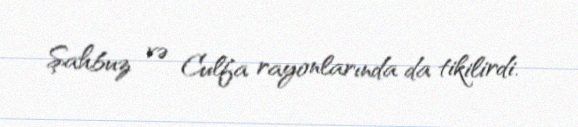
Şahbuz və Culfa rayonlarında da tikilirdi.